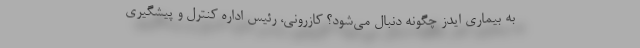
به بیماری ایدز چگونه دنبال می‌شود؟ کازرونی، رئیس اداره کنترل و پیشگیری